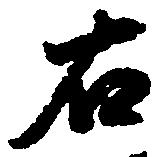
右